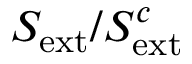
S _ { \mathrm { e x t } } / S _ { \mathrm { e x t } } ^ { c }